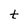
Character: t